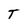
Character: T